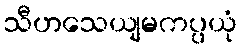
သီဟသေယျမကပ္ပယုံ